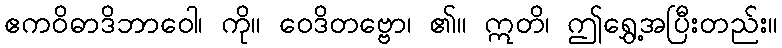
ဧကဝိဓာဒိဘာဝေါ၊ ကို။ ဝေဒိတဗ္ဗော၊ ၏။ ဣတိ၊ ဤရွှေ့အပြီးတည်း။